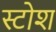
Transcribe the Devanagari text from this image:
स्टोश